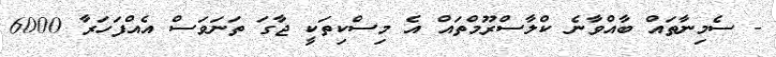
- ސެމިނާތައް ބާއްވާނެ ކްލާސްރޫމްތައް އެ މިސްކިތަކީ ޖާގަ ތަނަވަސް އެއްފަހަރާ 6000